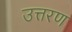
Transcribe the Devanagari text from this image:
उत्तरण